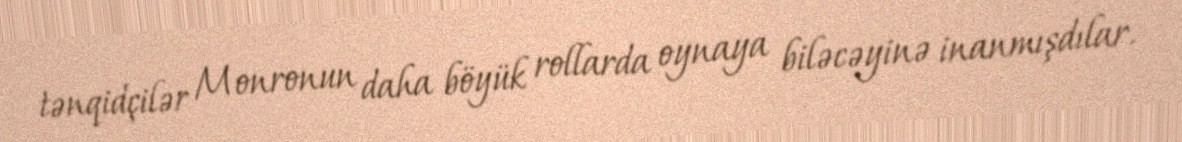
tənqidçilər Monronun daha böyük rollarda oynaya biləcəyinə inanmışdılar.